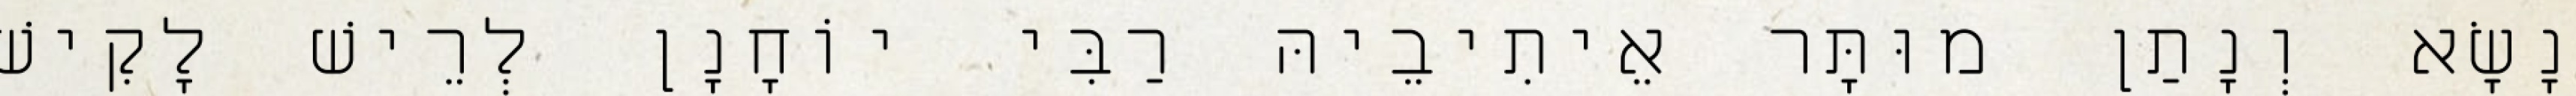
נָשָׂא וְנָתַן מוּתָּר אֵיתִיבֵיהּ רַבִּי יוֹחָנָן לְרֵישׁ לָקִישׁ